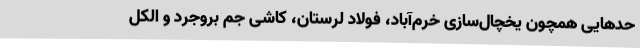
حدهایی همچون یخچال‌سازی خرم‌آباد، فولاد لرستان، کاشی جم بروجرد و الکل